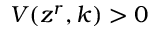
V ( z ^ { r } , k ) > 0